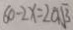
6 0 - 2 x = 2 a \sqrt { 3 }